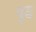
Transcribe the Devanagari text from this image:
वृद्घ